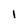
Character: 1